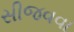
સીજવવા